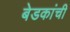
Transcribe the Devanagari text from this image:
बेडकांची